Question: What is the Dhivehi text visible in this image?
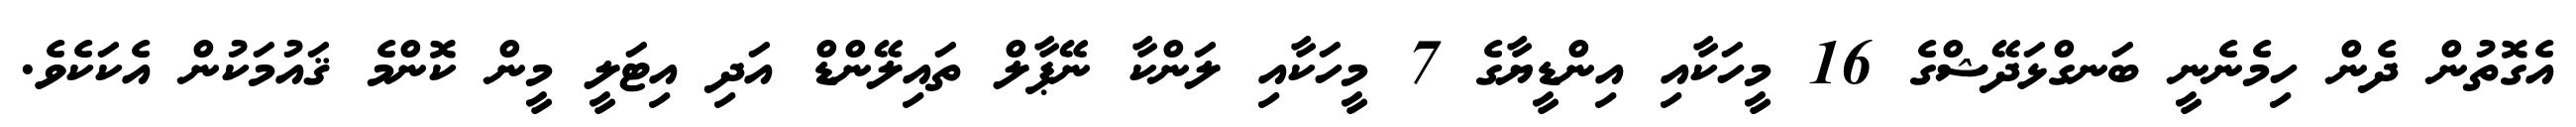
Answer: އެގޮތުން ދެން ހިމެނެނީ ބަނގްޅަދޭޝްގެ 16 މީހަކާއި އިންޑީޔާގެ 7 މީހަކާއި ލަންކާ ނޭޕާލް ތައިލޭންޑް އަދި އިޓަލީ މީން ކޮންމެ ޤައުމަކުން އެކަކެވެ.